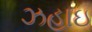
ઝહાઇ